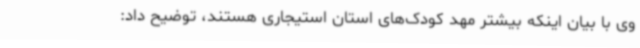
وی با بیان اینکه بیشتر مهد کودک‌های استان استیجاری هستند، توضیح داد: